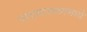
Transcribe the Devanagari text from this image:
पावसाळयामध्ये